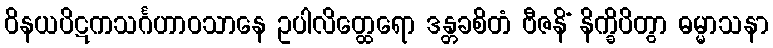
ဝိနယပိဋကသင်္ဂဟာဝသာနေ ဥပါလိတ္ထေရော ဒန္တခစိတံ ဗီဇနိံ နိက္ခိပိတွာ ဓမ္မာသနာ